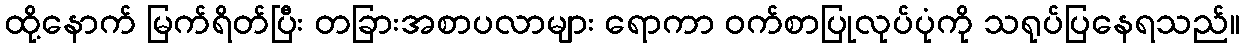
ထို့နောက် မြက်ရိတ်ပြီး တခြားအစာပလာများ ရောကာ ဝက်စာပြုလုပ်ပုံကို သရုပ်ပြနေရသည်။